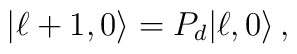
|\ell+1,0\rangle = P_d|\ell,0\rangle\,,